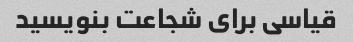
قیاسی برای شجاعت بنویسید